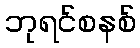
ဘုရင်စနစ်